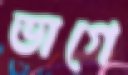
ভাগে